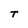
Character: T